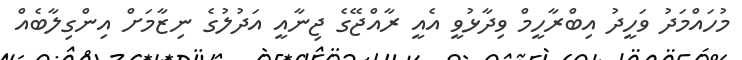
މުހައްމަދު ވަހީދު އިބްރާހީމް ވިދާޅުވީ އެއީ ރާއްޖޭގެ ޖިނާއީ އަދުލުގެ ނިޒާމަށް އިންގިލާބެއް